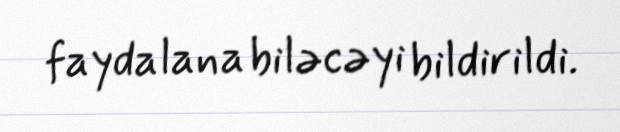
faydalana biləcəyi bildirildi.